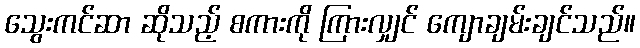
သွေးကင်ဆာ ဆိုသည့် စကားကို ကြားလျှင် ကျောချမ်းချင်သည်။